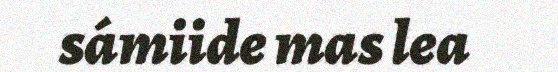
sámiide mas lea